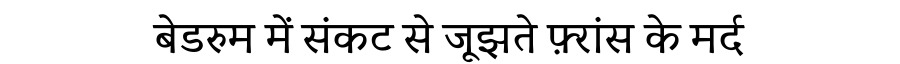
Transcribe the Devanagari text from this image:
बेडरुम में संकट से जूझते फ़्रांस के मर्द